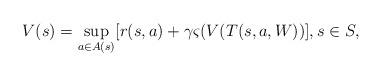
LaTeX: \begin{align*}V(s)=\sup_{a\in A(s)}[r(s,a)+\gamma\varsigma(V(T(s,a,W))],s \in S,\end{align*}